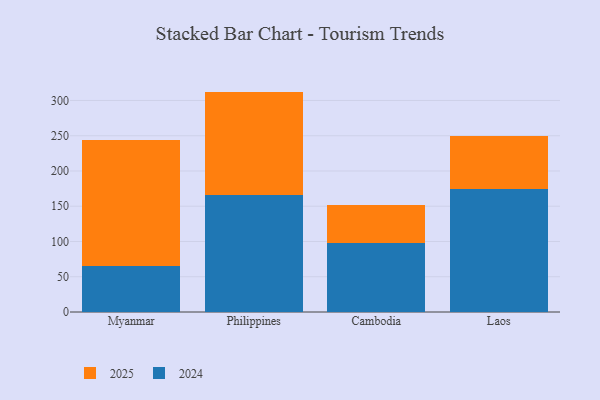
{"axis": {"x": "Country", "y": "Conversion Rate (%)"}, "legend": ["2024", "2025"], "data": [{"x": "Myanmar", "y": 64.7, "type": "2024"}, {"x": "Myanmar", "y": 178.7, "type": "2025"}, {"x": "Philippines", "y": 165.6, "type": "2024"}, {"x": "Philippines", "y": 147.0, "type": "2025"}, {"x": "Cambodia", "y": 97.9, "type": "2024"}, {"x": "Cambodia", "y": 53.3, "type": "2025"}, {"x": "Laos", "y": 174.4, "type": "2024"}, {"x": "Laos", "y": 74.6, "type": "2025"}]}